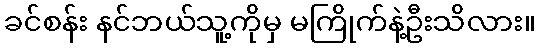
ခင်စန်း နင်ဘယ်သူ့ကိုမှ မကြိုက်နဲ့ဦးသိလား။